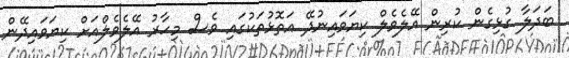
ބަދަލާ ގުޅިގެން ކުރިން އޭލެވެލް ކިޔަވައިނުދޭ އަތޮޅުތަކުގައި ވެސް މިހާރު އޭލެވެލްއަށް ކިޔަވައިދޭން